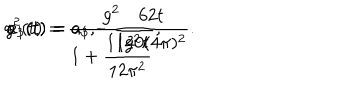
g ^ { 2 } ( t ) = { \frac { g ^ { 2 } } { \displaystyle 1 + { \frac { 1 1 g ^ { 2 } t } { 1 2 \pi ^ { 2 } } } } } , \hspace { 5 m m } a _ { 1 } ( t ) = a _ { 1 } , \hspace { 5 m m } a _ { 3 } ( t ) = a _ { 3 } - { \frac { 6 2 t } { 1 2 0 ( 4 \pi ) ^ { 2 } } } .